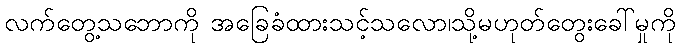
လက်တွေ့သဘောကို အခြေခံထားသင့်သလော၊သို့မဟုတ်တွေးခေါ်မှုကို